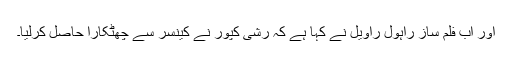
اور اب فلم ساز راہول راویل نے کہا ہے کہ رشی کپور نے کینسر سے چھٹکارا حاصل کرلیا۔